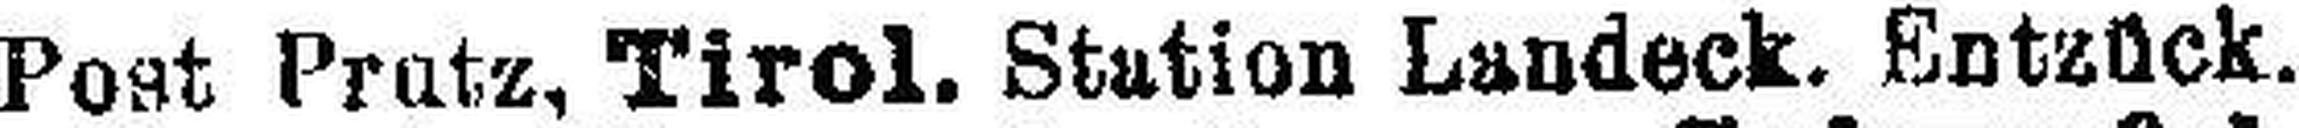
Post Protz, Tirol. Station Landeck. Entzück.